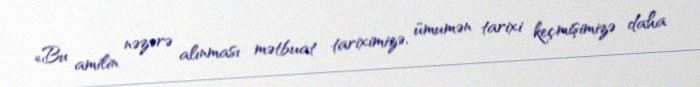
«Bu amilin nəzərə alınması mətbuat tariximizə, ümumən tarixi keçmişimizə daha